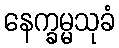
နေက္ခမ္မသုခံ